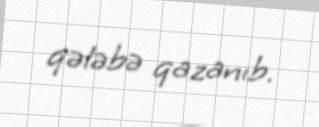
qələbə qazanıb.